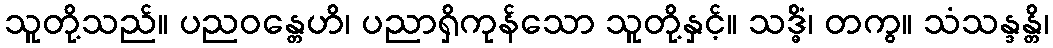
သူတို့သည်။ ပညဝန္တေဟိ၊ ပညာရှိကုန်သော သူတို့နှင့်။ သဒ္ဓိံ၊ တကွ။ သံသန္ဒန္တိ၊